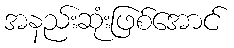
အနည်းဆုံးဖြစ်အောင်